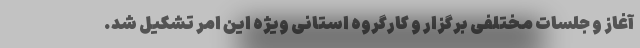
آغاز و جلسات مختلفی برگزار و کارگروه استانی ویژه این امر تشکیل شد.